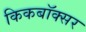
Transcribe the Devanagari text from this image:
किकबॉक्सर